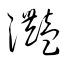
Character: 灔